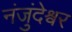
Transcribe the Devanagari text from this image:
नंजुंदेश्वर